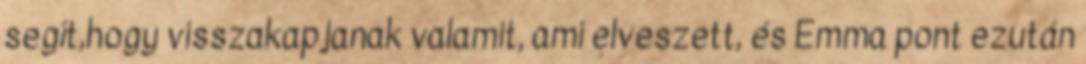
segít,hogy visszakapjanak valamit, ami elveszett, és Emma pont ezután